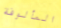
المألوفة